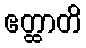
ဧတ္ထာတိ